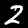
Label: 2